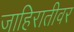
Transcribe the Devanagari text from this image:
जाहिरातीवर